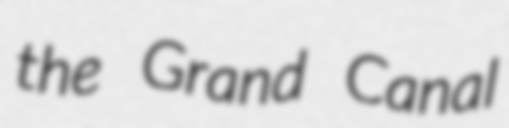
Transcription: the Grand Canal